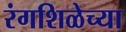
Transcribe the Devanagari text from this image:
रंगशिळेच्या